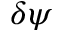
\delta { \psi }